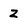
Character: z